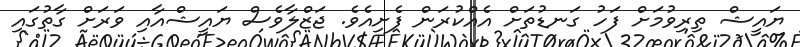
ޔައީޝް ތިރިވުމަށް ފަހު ގަނޑުތަށް އެއްކުރަން ފެށިއެވެ. ޖަޒްލާވެސް ޔައީޝްއާއި ވަރަށް ގާތުގައި